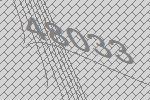
48033